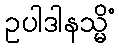
ဥပါဒါနသ္မိံ